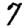
Digit: 7